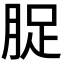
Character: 𮌘